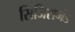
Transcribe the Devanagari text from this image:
सिजिसमंड